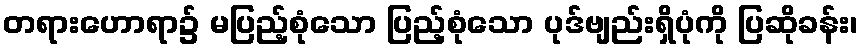
တရားဟောရာ၌ မပြည့်စုံသော ပြည့်စုံသော ပုဒ်ဗျည်းရှိပုံကို ပြဆိုခန်း၊